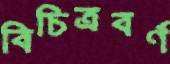
বিচিত্রবর্ণ